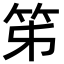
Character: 笫